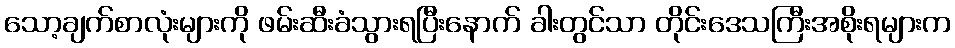
သော့ချက်စာလုံးများကို ဖမ်းဆီးခံသွားရပြီးနောက် ခါးတွင်သာ တိုင်းဒေသကြီးအစိုးရများက